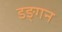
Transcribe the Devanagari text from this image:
डङ्गन